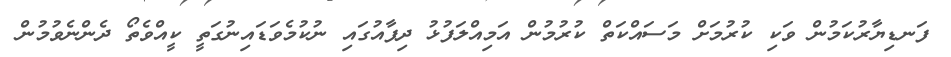
ފަނޑިޔާރުކަމުން ވަކި ކުރުމަށް މަސައްކަތް ކުރުމުން އަމިއްލަފުޅު ދިފާއުގައި ނުކުމެވަޑައިނުގަތީ ކީއްވެތޯ ދެންނެވުމުން